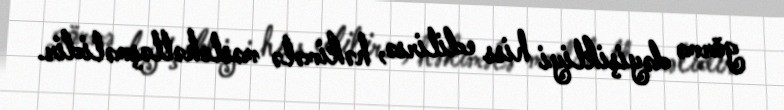
görmə dəyişikliyi hiss edilirsə, həkimələ məsləhətləşməlidir.